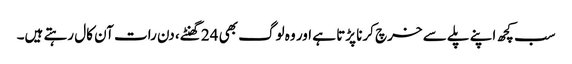
سب کچھ اپنے پلے سے خرچ کرنا پڑتا ہے اور وہ لوگ بھی 24 گھنٹے، دن رات آن کال رہتے ہیں۔